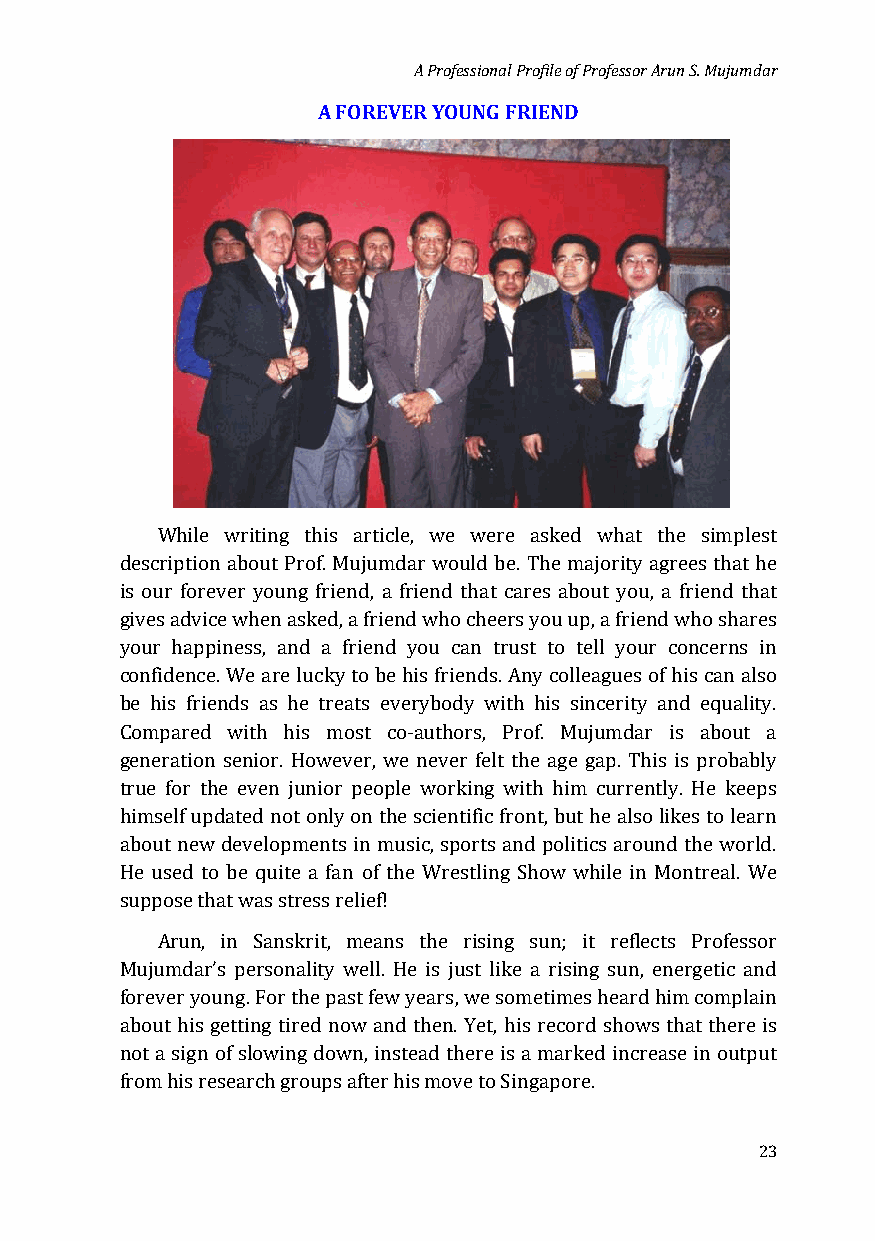
A Professional Profile of Professor Arun S. Mujumdar
 A FOREVER YOUNG FRIEND
 While writing this article, we were asked what the simplest
 description about Prof. Mujumdar would be. The majority agrees that he
 is our forever young friend, a friend that cares about you, a friend that
 gives advice when asked, a friend who cheers you up, a friend who shares
 your happiness, and a friend you can trust to tell your concerns in
 confidence. We are lucky to be his friends. Any colleagues of his can also
 be his friends as he treats everybody with his sincerity and equality.
 Compared with his most co-authors, Prof. Mujumdar is about a
 generation senior. However, we never felt the age gap. This is probably
 true for the even junior people working with him currently. He keeps
 himself updated not only on the scientific front, but he also likes to learn
 about new developments in music, sports and politics around the world.
 He used to be quite a fan of the Wrestling Show while in Montreal. We
 suppose that was stress relief!
 Arun, in Sanskrit, means the rising sun; it reflects Professor
 Mujumdar’s personality well. He is just like a rising sun, energetic and
 forever young. For the past few years, we sometimes heard him complain
 about his getting tired now and then. Yet, his record shows that there is
 not a sign of slowing down, instead there is a marked increase in output
 from his research groups after his move to Singapore.
 23